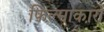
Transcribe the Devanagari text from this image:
फिल्माकारों